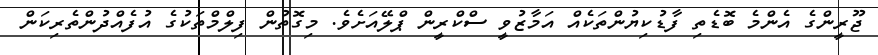
ޖޫރީންގެ އެންމެ ބޮޑެތި ފާޑުކިޔުންތަކެއް އަމާޒުވީ ސްކްރީން ޕްލޭއަށެވެ. މިގޮތުން ފިލްމްތަކުގެ އުފެއްދުންތެރިކަން